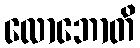
လောဘောတိ